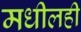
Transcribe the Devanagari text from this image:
मधीलही